Scottish Certificate of Education, 1963
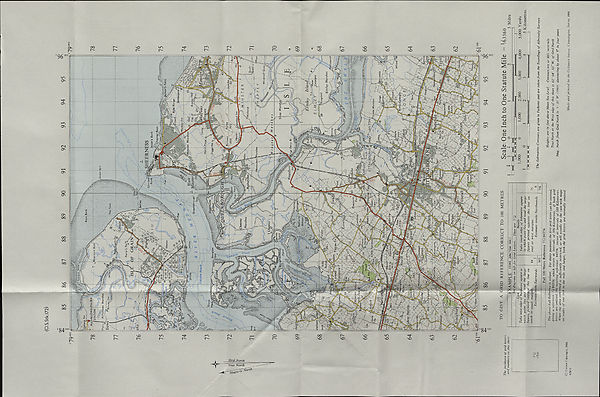
<N
i-j
oo
LT)
O
o
VO
m
NjO
I I
<U
<u
-l-l
-(->
-4—*
00
<L>
c
O"
o
■ 4-*
X)
o
c
)—I
<D
c
o°
CT3
O
oo^
■ H s
oj O
O ^
-tS -t
o o O Tt
o o
(N (N
5 o
5
•§
co
s
^ ,
CD
cj 2
CD
fc
"S
■ a
!
U
a;
H
u
s
o
H
H
b
w
&
X
O
CJ
w
o
z
w
X
w u.
w
X
X
o
LU
>
5
o
H
a ? 3 ■?
1-2 " I
" «4 ^ ^
v ■ ?
^
~ X ’2 5
sf ^ -e 2;
^ ^4
u.
_c ^ tij «s;
j=5 "S '5 ^ c
t v^ S| = S:
o C ^ §■ fcc ^
Z ^ ^ ° 2 a
^
' c:
•5 1 •§ |c3
2. *
^ ^ ^
-* * $ >
f^.5^ 2
tc o
-S <0
.c
£ "S - ^
I " -2 .§ 5
a Cq
W> 53 S-
, ^ -5 ^
' ^ 5 UJ
i ^ ^ C
* £ -5
^ >J
S-^
5
<0 q.
^ ^ i: 2
1-s |!
S-Slf -
•o
^
^ss I
2 S'S-^ =
5i ^ ^
^ J g-o «
^ ^ ^ t
t: O ^ ^ i:
>‘ o ■“ 5 ^
s S
^ ^ a ^
o' ^ =2
r; ^ o i ^
o ^ ^ o ^
5 .- “O ‘S
in <q o
1 53 s - t
£ £ * i? E?
^" t S'?
■? V-2 =
ii;%i
'- ^ ^ la "
i 00 ^ S 5
S O' -s:
, t . 5 ^
^ -is P •"
a;
O VO ~
41*
0 3 0
-O .
0 ~f.
.^oo c o
O 0 ^4
Made and printed by the Ordnance Survey, Chessington, Surrey, 1960.